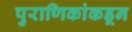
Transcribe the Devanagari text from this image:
पुराणिकांकडून